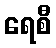
ရေစီ